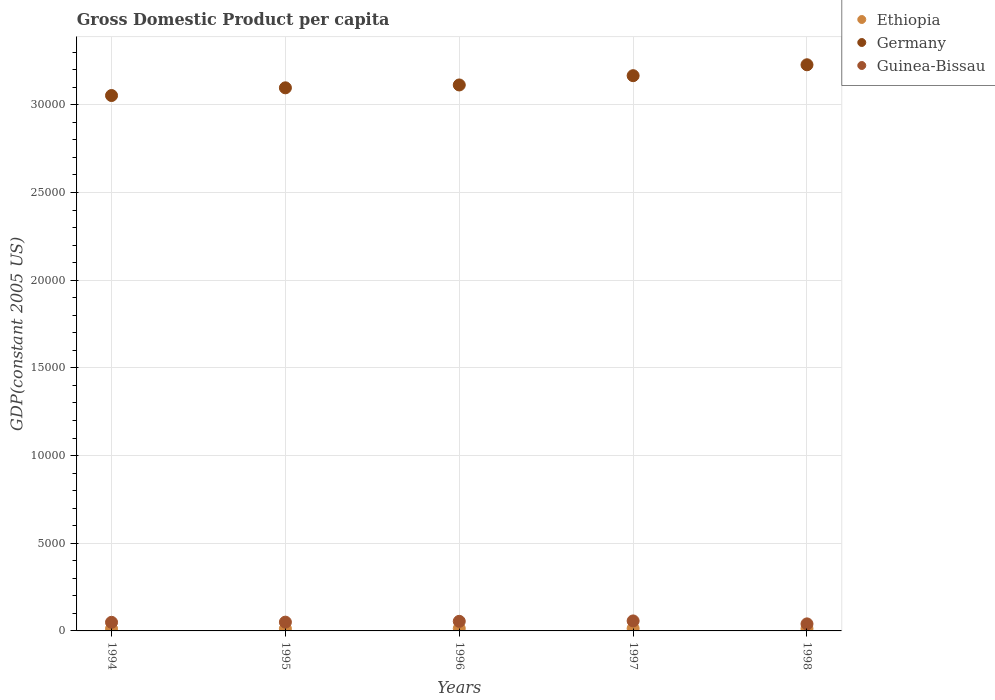
| Years | Ethiopia | Germany | Guinea-Bissau |
 | --- | --- | --- | --- |
 | 1994 | 124 | 3.05e+04 | 490 |
 | 1995 | 127 | 3.1e+04 | 501 |
 | 1996 | 138 | 3.11e+04 | 547 |
 | 1997 | 138 | 3.17e+04 | 570 |
 | 1998 | 130 | 3.23e+04 | 401 |